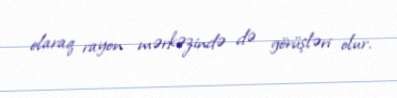
olaraq rayon mərkəzində də görüşləri olur.